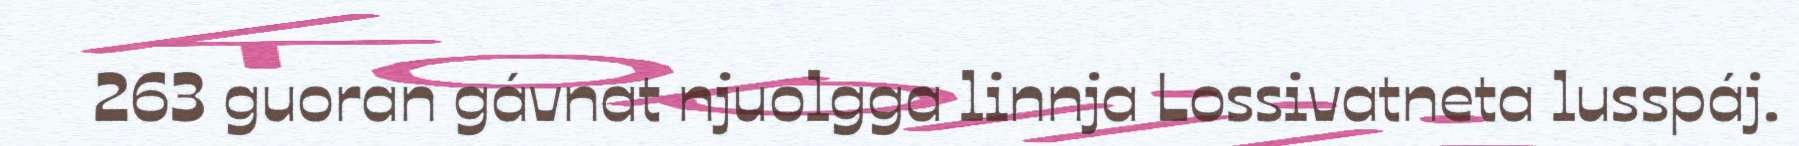
263 guoran gávnat njuolgga linnja Lossivatneta lusspáj.